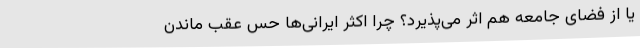
یا از فضای جامعه هم اثر می‌پذیرد؟ چرا اکثر ایرانی‌ها حس عقب ماندن